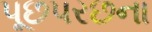
પૂછપરછના